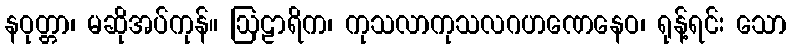
နဝုတ္တာ၊ မဆိုအပ်ကုန်။ ဩဠာရိက၊ ကုသလာကုသလဂဟဏေနေဝ၊ ရုန့်ရင်း သော